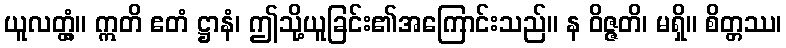
ယူလတ္တံ့။ ဣတိ ဧတံ ဋ္ဌာနံ၊ ဤသို့ယူခြင်း၏အကြောင်းသည်။ န ဝိဇ္ဇတိ၊ မရှိ။ စိတ္တဿ၊